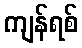
ကျန်ရစ်